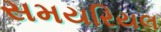
સમયરિયલ